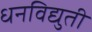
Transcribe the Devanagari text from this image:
धनविद्युती